Civil Veterinary Dept. Bombay admin report 1932-41 - 1932-1941
Year: 1932
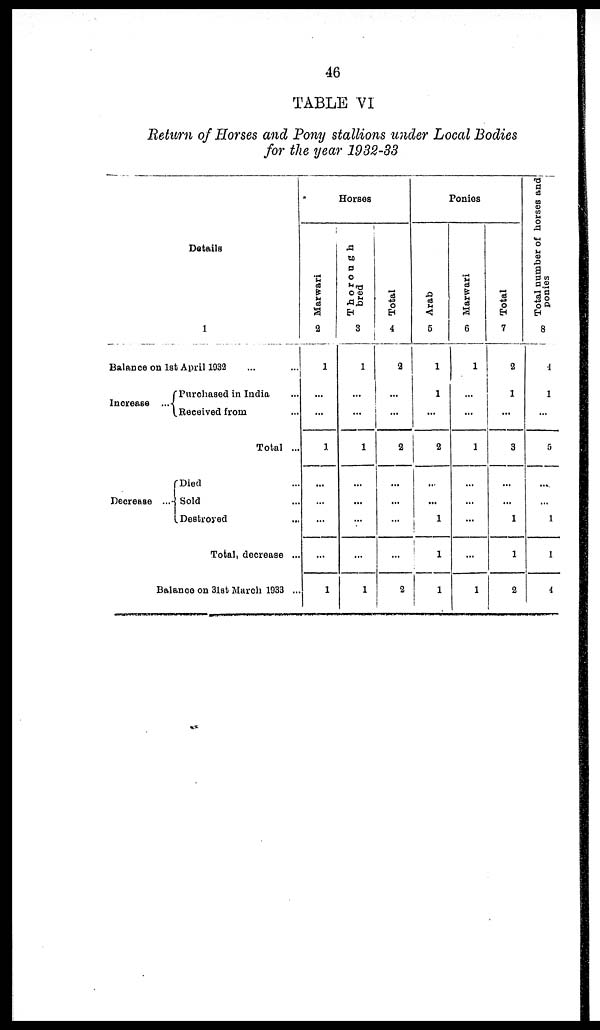
46
TABLE VI
Return of Horses and Pony stallions under Local Bodies
for the year 1932-33
Details
1
Balance on 1st April 1932 … …
Increase ...
Decrease ...
Purchased in India ...
Received from ...
Total ...
Died …
Sold ...
Destroyed ...
Total, decrease ...
Balance on 31st March 1933 ...
Horses
Marwari
2
1
…
…
1
...
…
…
…
1
Thorough
bred
3
1
…
…
1
…
…
…
…
1
Total
4
2
…
…
2
...
...
…
…
2
Ponies
Arab
5
1
1
...
2
...
...
1
1
1
Marwari
6
1
…
…
1
…
…
…
…
1
Total
7
2
1
…
3
…
…
1
1
2
Total number of horses and
ponies
8
4
1
…
5
...
…
1
1
4